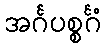
အင်္ဂပစ္စင်္ဂံ